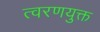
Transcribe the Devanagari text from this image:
त्वरणयुक्त